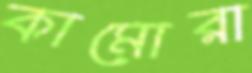
কামোরা